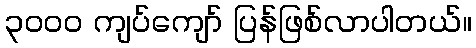
၃၀၀၀ ကျပ်ကျော် ပြန်ဖြစ်လာပါတယ်။